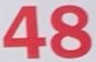
48